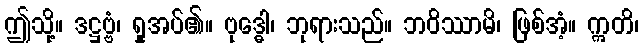
ဤသို့။ ဒဋ္ဌဗ္ဗံ၊ ရှုအပ်၏။ ဗုဒ္ဓေါ၊ ဘုရားသည်။ ဘဝိဿာမိ၊ ဖြစ်အံ့။ ဣတိ၊